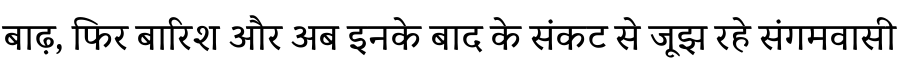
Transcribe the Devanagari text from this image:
बाढ़, फिर बारिश और अब इनके बाद के संकट से जूझ रहे संगमवासी